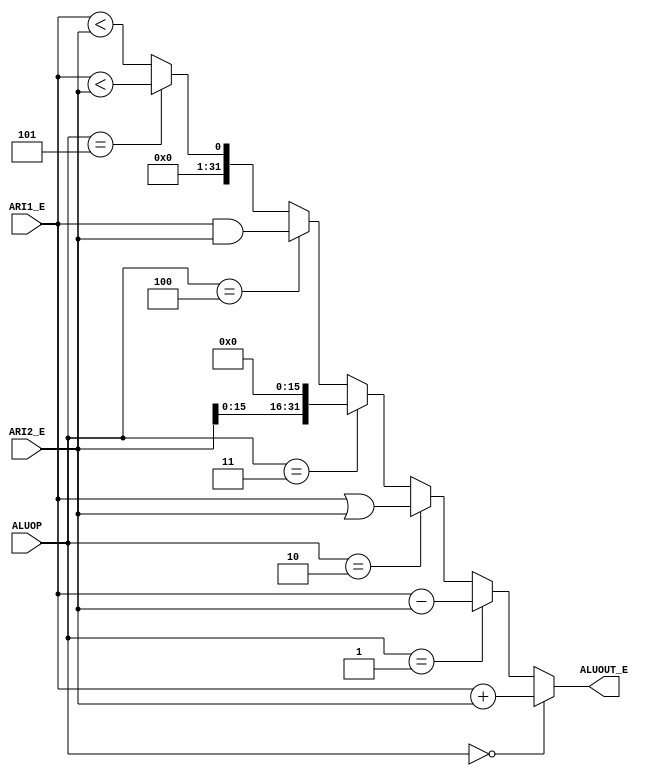
`timescale 1ns / 1ps
//////////////////////////////////////////////////////////////////////////////////
// Company: 
// Engineer: 
// 
// Design Name: 
// Module Name:    E_ALU 
// Project Name: 
// Target Devices: 
// Tool versions: 
// Description: 
//
// Dependencies: 
//
// Revision: 
// Revision 0.01 - File Created
// Additional Comments: 
//
//////////////////////////////////////////////////////////////////////////////////
module E_ALU(
    input [31:0] ARI1_E,
    input [31:0] ARI2_E,
    input [3:0] ALUOP,
    output [31:0] ALUOUT_E
    );

reg [31:0] ALUOUT;
always @(*)begin
	if(ALUOP == 4'b0000)begin
		ALUOUT = ARI1_E + ARI2_E;
	end
	else if(ALUOP == 4'b0001)begin
		ALUOUT = ARI1_E - ARI2_E;
	end
	else if(ALUOP == 4'b0010)begin
		ALUOUT = ARI1_E | ARI2_E;
	end
	else if(ALUOP == 4'b0011)begin
		ALUOUT = ARI2_E << 16;
	end
	else if(ALUOP == 4'b0100)begin
		ALUOUT = ARI1_E & ARI2_E;
	end
	else if(ALUOP == 4'b0101)begin
		ALUOUT = $signed(ARI1_E) < $signed(ARI2_E);
	end
	else begin
		ALUOUT = ARI1_E < ARI2_E;
	end
end
assign ALUOUT_E = ALUOUT;
/*
assign ALUOUT_E = (ALUOP == 2'b00) ? ARI1_E + ARI2_E :
						(ALUOP == 2'b01) ? ARI1_E - ARI2_E :
						(ALUOP == 2'b10) ? ARI1_E | ARI2_E :
						ARI2_E << 16;*/

endmodule